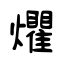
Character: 爠